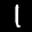
Label: 1